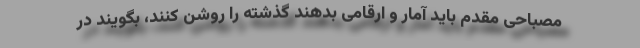
مصباحی مقدم باید آمار و ارقامی بدهند گذشته را روشن کنند، بگویند در